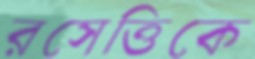
রসেত্তিকে